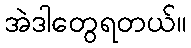
အဲဒါတွေရတယ်။